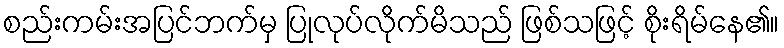
စည်းကမ်းအပြင်ဘက်မှ ပြုလုပ်လိုက်မိသည် ဖြစ်သဖြင့် စိုးရိမ်နေ၏။